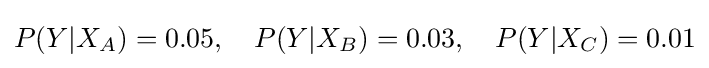
P(Y|X_{A})=0.05,\quad P(Y|X_{B})=0.03,\quad P(Y|X_{C})=0.01